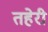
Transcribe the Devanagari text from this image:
तहेरी